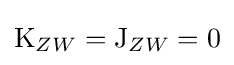
\operatorname {K} _{ZW}=\operatorname {J} _{ZW}=0